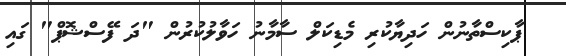
ޕާކިސްތާނުން ހަދިޔާކުރި މެޑިކަލް ސާމާނު ހަވާލުކުރުން "ދަ ފޭސްޝޮޕް" ގައި